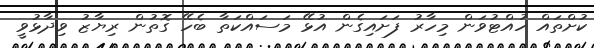
ކުށްތައް ހުއްޓުވަން މިހާރު ފަށައިގެން އުޅޭ މަސައްކަތާ ބެހޭ ގޮތުން ރިޔާޒު ވިދާޅުވީ